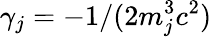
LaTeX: \gamma_{j}=-1/(2m_{j}^{3}c^{2})